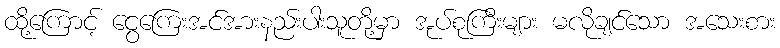
ထို့ကြောင့် ငွေကြေးအင်အားနည်းပါးသူတို့မှာ အုပ်စုကြီးများ မလိုချင်သော အသေးစား